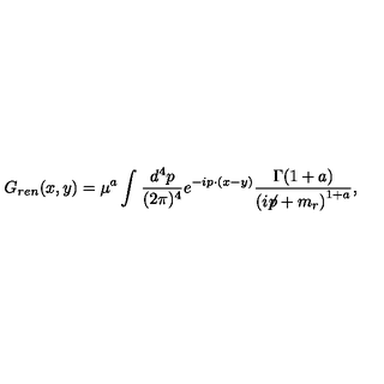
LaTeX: G _ { r e n } ( x , y ) = \mu ^ { a } \int _ { } ^ { } \frac { d ^ { 4 } p } { ( 2 \pi ) ^ { 4 } } e ^ { - i p \cdot ( x - y ) } \frac { \Gamma ( 1 + a ) } { \left( i \! \! \not \! p + m _ { r } \right) ^ { 1 + a } } ,